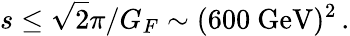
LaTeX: s\leq\sqrt 2\pi/G_{F}\sim(600~\mathrm{GeV})^{2}\, .